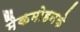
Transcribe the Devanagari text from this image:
मैकमोहनके